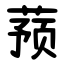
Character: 蓣